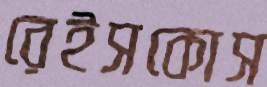
রেইসকোস